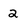
Character: 2